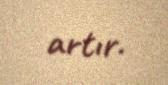
artır.